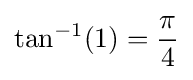
\tan ^{-1}(1)={\frac {\pi }{4}}